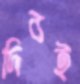
দিবই